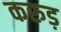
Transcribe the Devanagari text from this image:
करुड़